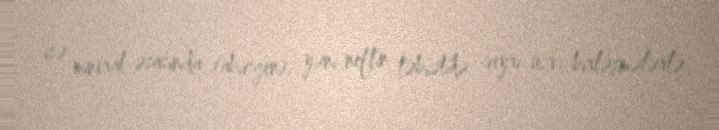
isə mineral əsasında (abiogen), yəni neftin təbiətdə qeyri-üzvi birləşmələrlə